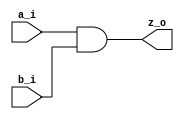
module jlsemi_util_and_cell
(
    input   a_i,
    input   b_i,
    output  z_o
);

    `ifdef JL_SYNTHESIS
        jlsemi_util_logic_and_sel
        u_dont_touch_logic_and
        (
        .A1 (a_i),
        .A2 (b_i),
        .Z  (z_o)
        );
    `else
        assign z_o = a_i & b_i;
    `endif

endmodule